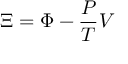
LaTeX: \Xi = \Phi - { \frac { P } { T } } V